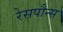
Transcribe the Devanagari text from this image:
रेसपौन्स